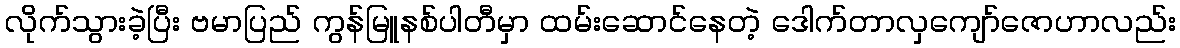
လိုက်သွားခဲ့ပြီး ဗမာပြည် ကွန်မြူနစ်ပါတီမှာ ထမ်းဆောင်နေတဲ့ ဒေါက်တာလှကျော်ဇောဟာလည်း